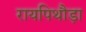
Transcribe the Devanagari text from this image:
रायपिथौड़ा